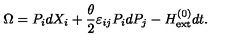
\Omega = P _ { i } d X _ { i } + \frac { \theta } { 2 } \varepsilon _ { i j } P _ { i } d P _ { j } - H _ { \mathrm { e x t } } ^ { ( 0 ) } d t .